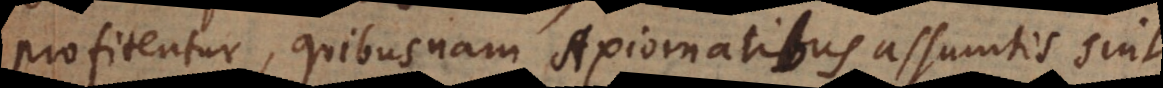
profitentur, quibusnam Axiomatibus assumtis sint